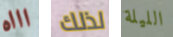
اااه لذلك الليلة